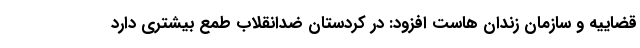
قضاییه و سازمان زندان هاست افزود: در کردستان ضدانقلاب طمع بیشتری دارد